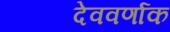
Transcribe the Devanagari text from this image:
देववर्णाक